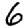
Digit: 6